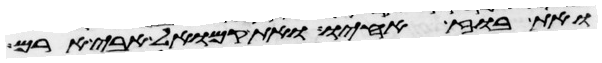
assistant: ואת בוז אחיו ואת קמואל אבי ארם